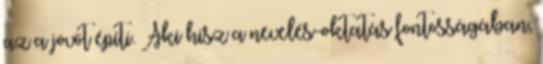
az a jövőt építi. Aki hisz a nevelés-oktatás fontosságában,